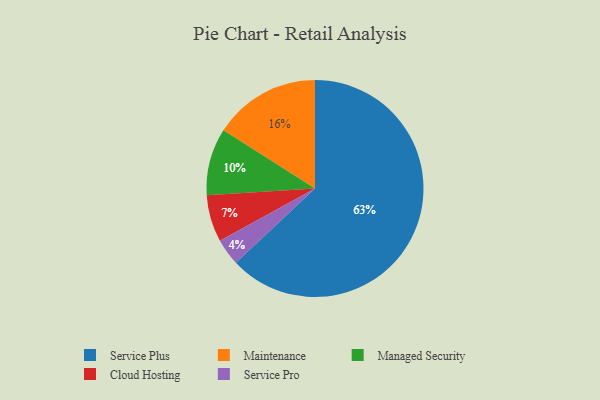
{"axis": {"x": "Category", "y": "Percentage"}, "legend": ["Cloud Hosting", "Maintenance", "Managed Security", "Service Plus", "Service Pro"], "data": [{"x": "Service Pro", "y": 4, "type": "Service Pro"}, {"x": "Cloud Hosting", "y": 7, "type": "Cloud Hosting"}, {"x": "Service Plus", "y": 63, "type": "Service Plus"}, {"x": "Managed Security", "y": 10, "type": "Managed Security"}, {"x": "Maintenance", "y": 16, "type": "Maintenance"}]}